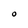
Character: O